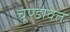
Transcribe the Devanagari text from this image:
चूण्डावत